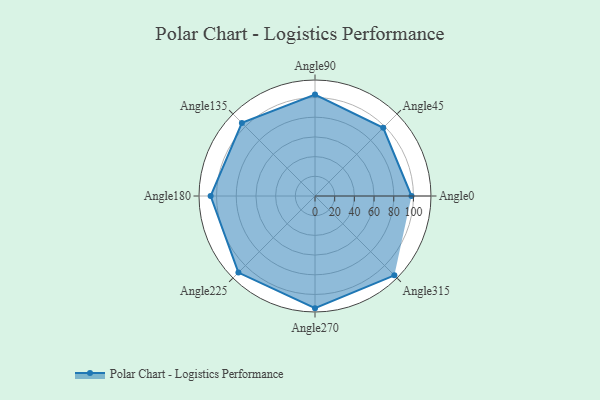
{"axis": {"x": "Angle", "y": "Radius"}, "legend": [""], "data": [{"x": "Angle0", "y": 98.0, "type": ""}, {"x": "Angle45", "y": 98.0, "type": ""}, {"x": "Angle90", "y": 103.0, "type": ""}, {"x": "Angle135", "y": 105.0, "type": ""}, {"x": "Angle180", "y": 106.0, "type": ""}, {"x": "Angle225", "y": 110.0, "type": ""}, {"x": "Angle270", "y": 114.0, "type": ""}, {"x": "Angle315", "y": 114.0, "type": ""}]}